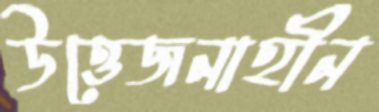
উত্তেজনাহীন